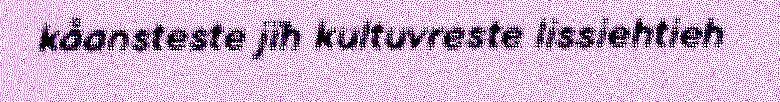
kåansteste jïh kultuvreste lissiehtieh